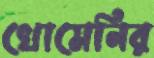
খোমেনির